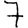
Digit: 7